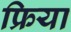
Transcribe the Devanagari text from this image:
फ्रिया